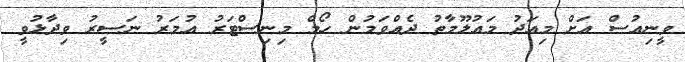
ވީނިއުސް އަށް މިއަދު މައުލޫމާތު ދެއްވަމުން ހޯމް މިނިސްޓަރު އުމަރު ނަސީރު ވިދާޅުވީ